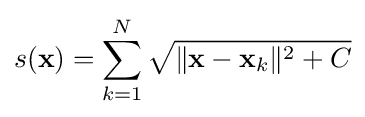
s(\mathbf {x} )=\sum \limits _{k=1}^{N}{\sqrt {\|\mathbf {x} -\mathbf {x} _{k}\|^{2}+C}}